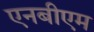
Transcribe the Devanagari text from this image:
एनबीएम